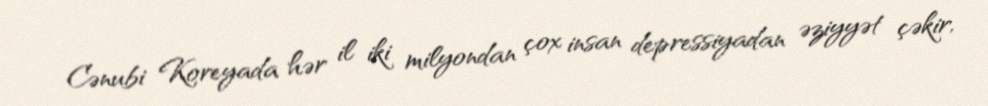
Cənubi Koreyada hər il iki milyondan çox insan depressiyadan əziyyət çəkir,